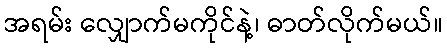
အရမ်း လျှောက်မကိုင်နဲ့၊ ဓာတ်လိုက်မယ်။